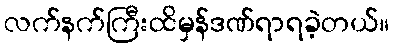
လက်နက်ကြီးထိမှန်ဒဏ်ရာရခဲ့တယ်။